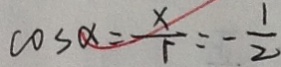
\cos \alpha = \frac { x } { r } = - \frac { 1 } { 2 }